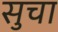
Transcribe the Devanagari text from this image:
सुचा